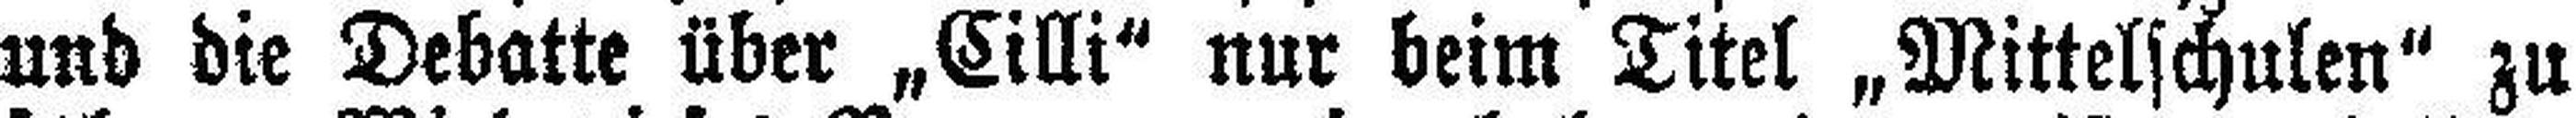
und die Debatte über „Cilli“ nur beim Titel „Mittelschulen“ zu